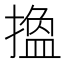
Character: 𢳷